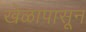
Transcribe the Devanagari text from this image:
खेळापासून